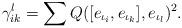
LaTeX: \begin{align*}\gamma_{ik}^l=\sum Q([e_{\iota_i},e_{\iota_k}], e_{\iota_l})^2.\end{align*}